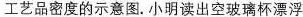
工艺品密度的示意图。小明读出空玻璃杯漂浮